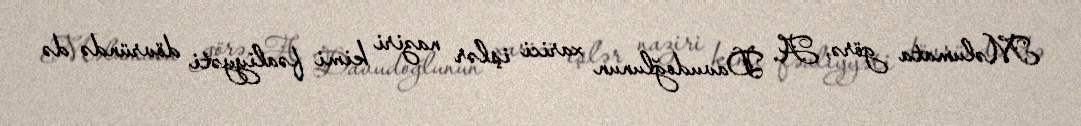
Məlumata görə, A. Davudoğlunun xarici işlər naziri kimi fəaliyyəti dövründə də